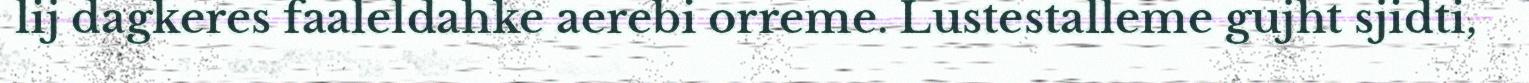
lij dagkeres faaleldahke aerebi orreme. Lustestalleme gujht sjidti,